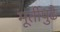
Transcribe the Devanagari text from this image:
मूर्तीपुढे